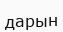
дарын